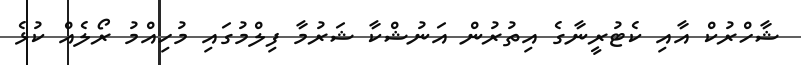
ޝާހްރުކް އާއި ކެޓުރީނާގެ އިތުރުން އަނުޝްކާ ޝަރުމާ ފިލްމުގައި މުހިއްމު ރޯލެއް ކުޅެ